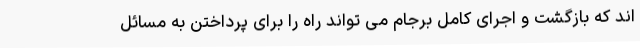
اند که بازگشت و اجرای کامل برجام می تواند راه را برای پرداختن به مسائل